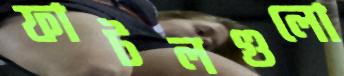
ফাটলগুলো